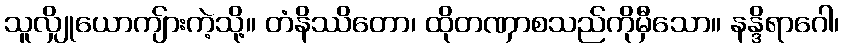
သူလျှိုယောကျ်ားကဲ့သို့။ တံနိဿိတော၊ ထိုတဏှာစသည်ကိုမှီသော။ နန္ဒိရာဂေါ၊